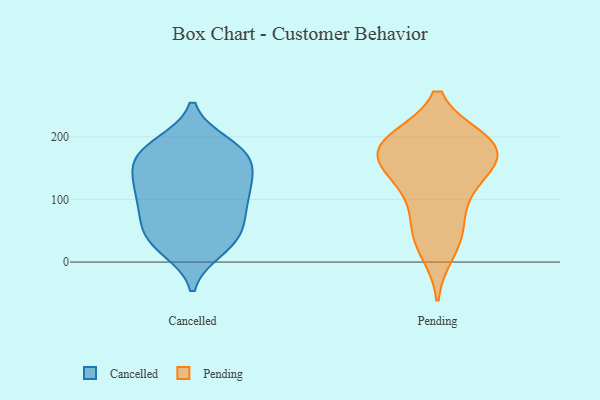
{"axis": {"x": "Waste Production (Tons)", "y": "Value"}, "legend": ["Cancelled", "Pending"], "data": [{"x": "", "y": 37, "type": "Cancelled"}, {"x": "", "y": 59, "type": "Cancelled"}, {"x": "", "y": 132, "type": "Cancelled"}, {"x": "", "y": 176, "type": "Cancelled"}, {"x": "", "y": 82, "type": "Cancelled"}, {"x": "", "y": 38, "type": "Cancelled"}, {"x": "", "y": 82, "type": "Cancelled"}, {"x": "", "y": 57, "type": "Cancelled"}, {"x": "", "y": 121, "type": "Cancelled"}, {"x": "", "y": 154, "type": "Cancelled"}, {"x": "", "y": 104, "type": "Cancelled"}, {"x": "", "y": 20, "type": "Cancelled"}, {"x": "", "y": 23, "type": "Cancelled"}, {"x": "", "y": 186, "type": "Cancelled"}, {"x": "", "y": 178, "type": "Cancelled"}, {"x": "", "y": 188, "type": "Cancelled"}, {"x": "", "y": 107, "type": "Cancelled"}, {"x": "", "y": 121, "type": "Cancelled"}, {"x": "", "y": 157, "type": "Cancelled"}, {"x": "", "y": 162, "type": "Cancelled"}, {"x": "", "y": 193, "type": "Pending"}, {"x": "", "y": 48, "type": "Pending"}, {"x": "", "y": 190, "type": "Pending"}, {"x": "", "y": 124, "type": "Pending"}, {"x": "", "y": 54, "type": "Pending"}, {"x": "", "y": 194, "type": "Pending"}, {"x": "", "y": 102, "type": "Pending"}, {"x": "", "y": 17, "type": "Pending"}, {"x": "", "y": 146, "type": "Pending"}, {"x": "", "y": 163, "type": "Pending"}, {"x": "", "y": 158, "type": "Pending"}, {"x": "", "y": 188, "type": "Pending"}, {"x": "", "y": 183, "type": "Pending"}]}